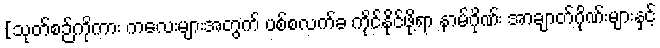
[သုတ်စဉ်ကိုကား ကလေးများအတွက် ပစ်စလက်ခ ကိုင်နိုင်ဖို့ရာ နာမ်ဂိုဏ်း အာချာတ်ဂိုဏ်းများနှင့်